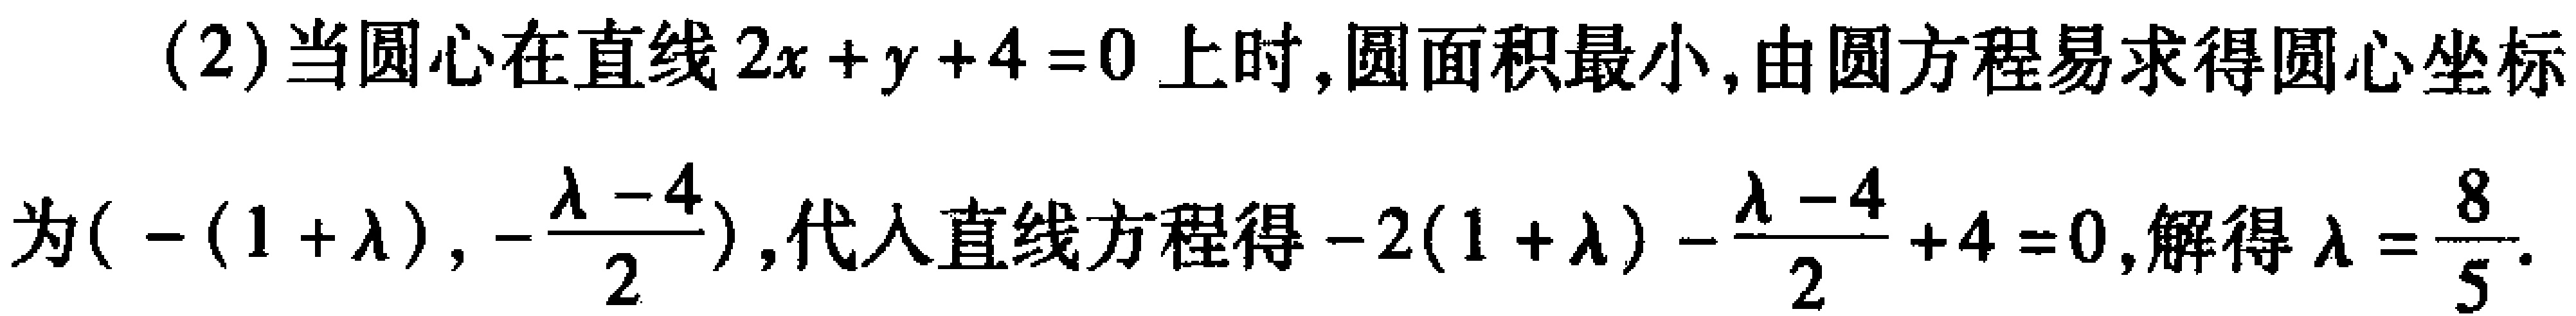
(2)当圆心在直线\(2x + y + 4 = 0\)上时,圆面积最小,由圆方程易求得圆心坐标
为\((-(1 + \lambda),-\frac{\lambda - 4}{2})\),代入直线方程得\(-2(1 + \lambda)-\frac{\lambda - 4}{2}+ 4 = 0\),解得\(\lambda=\frac{8}{5}\).